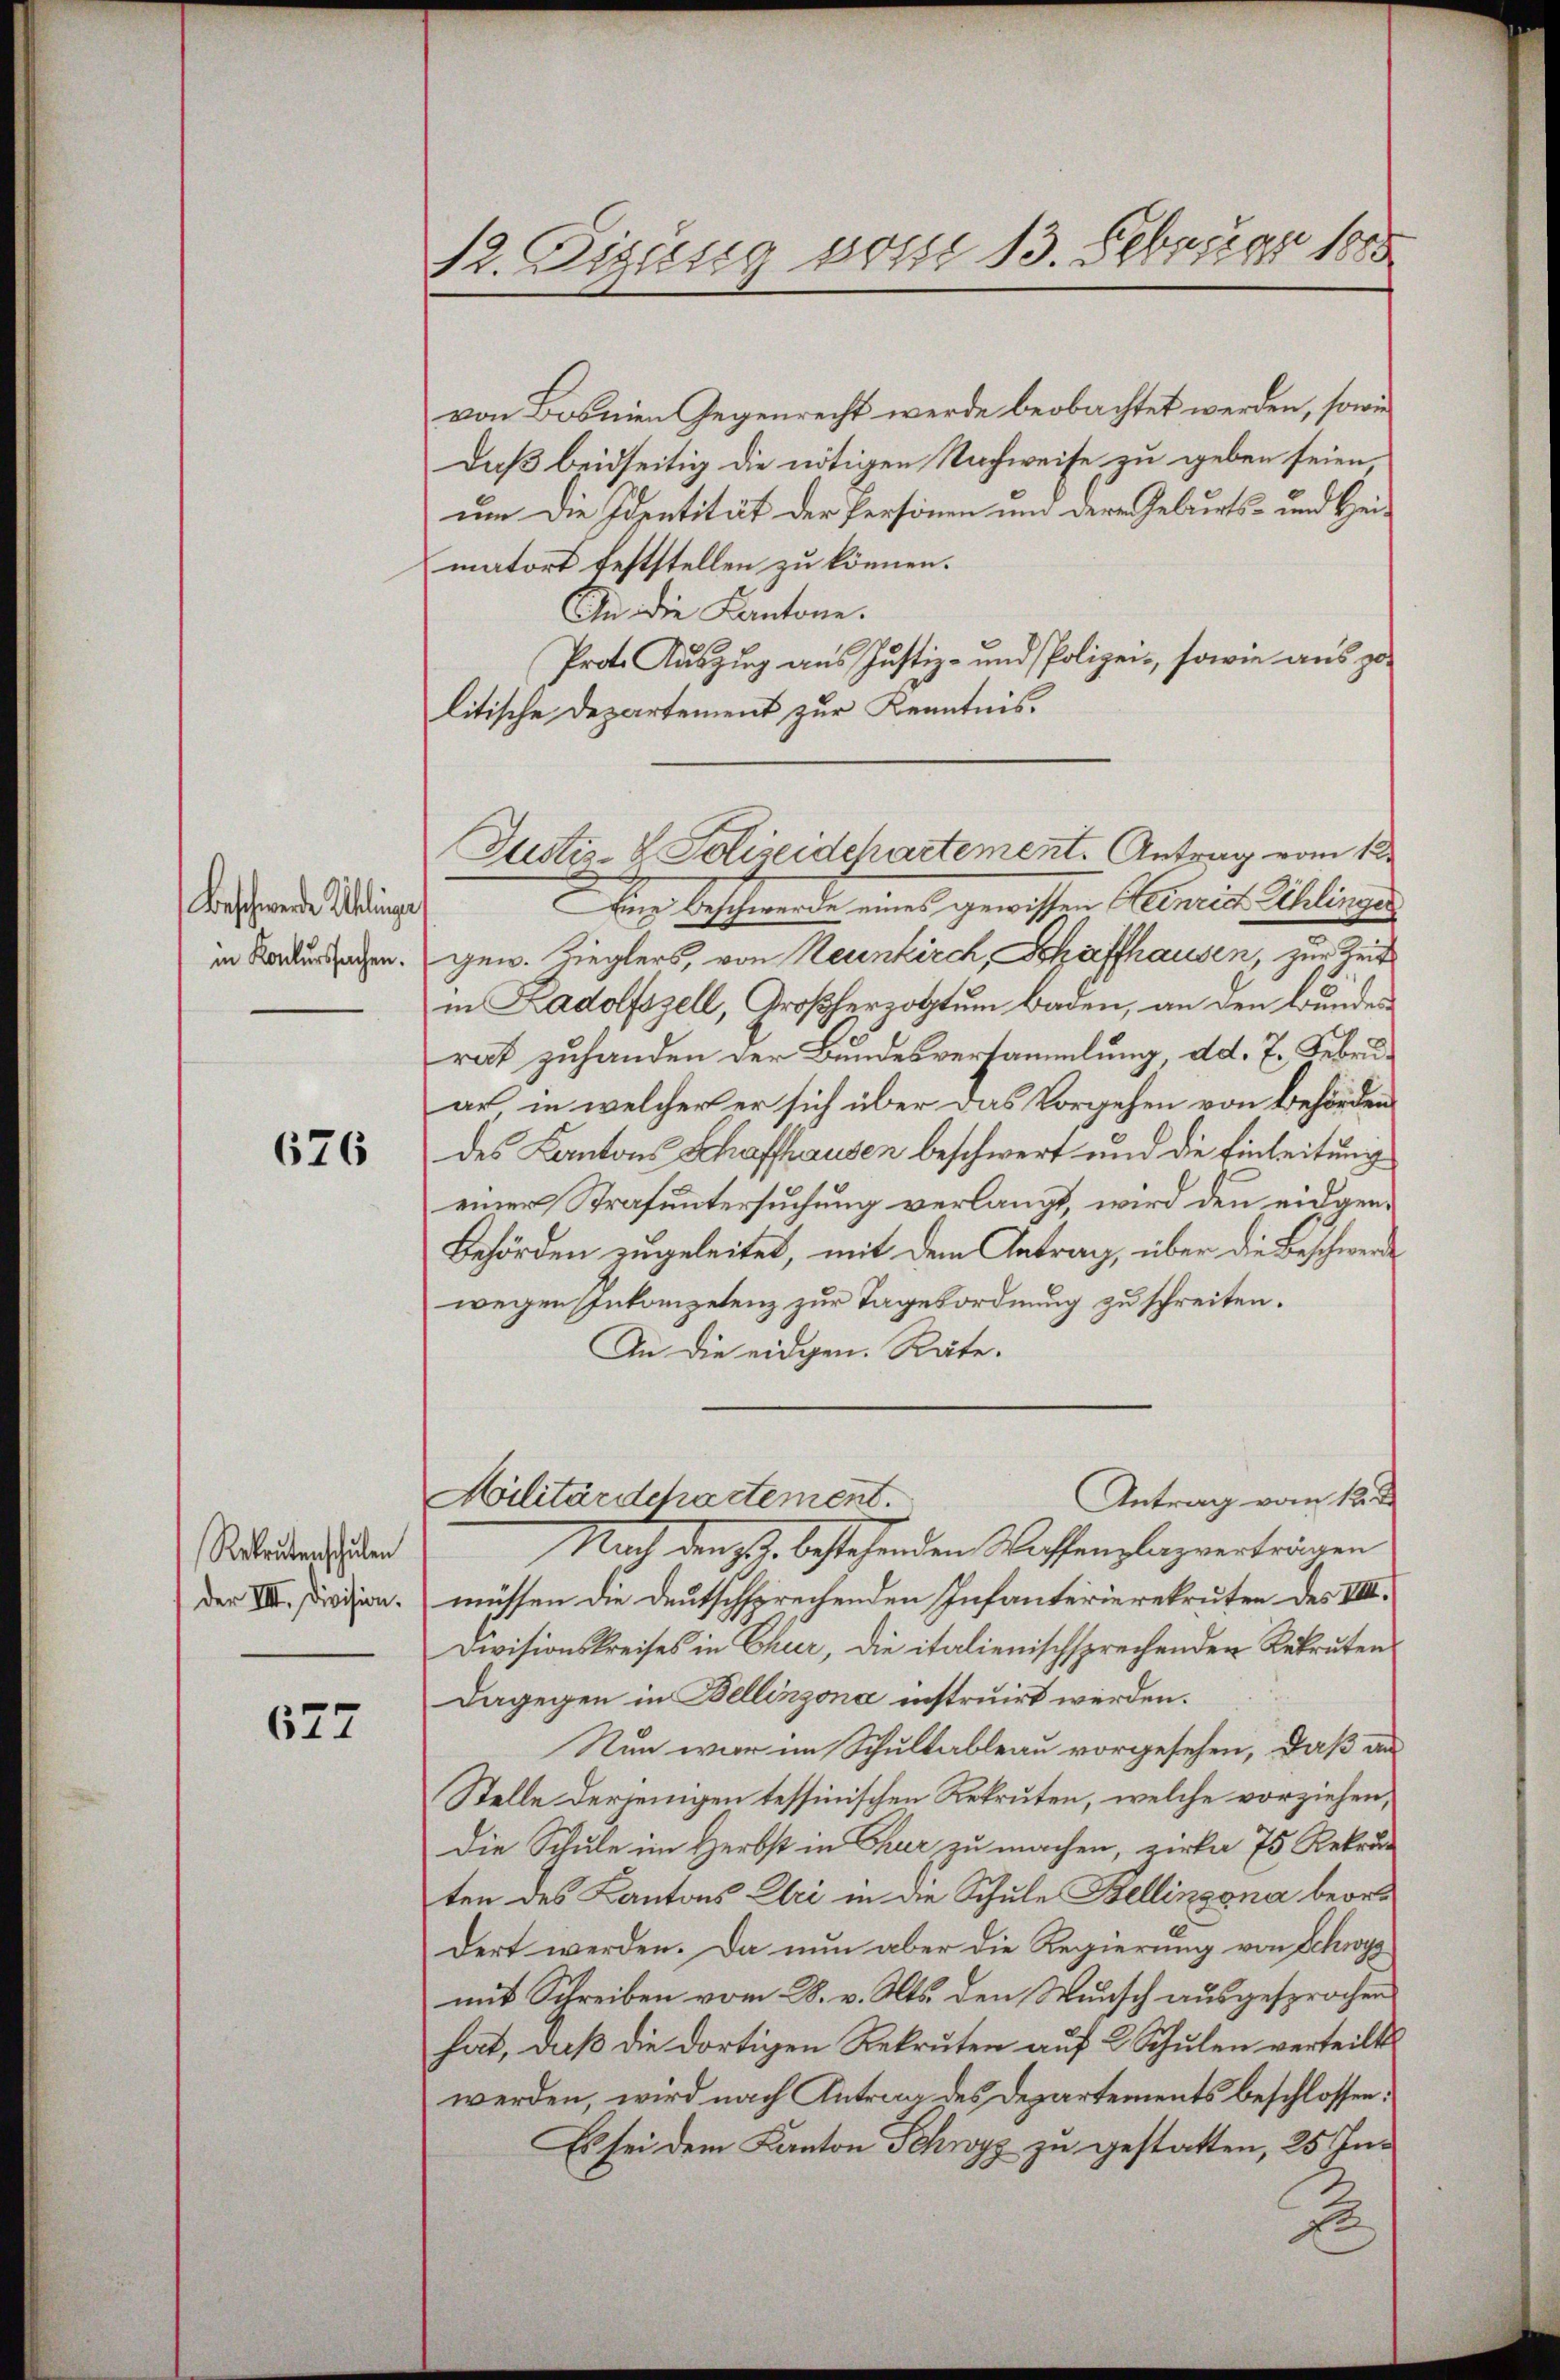
Beschwende Schlinger
in Konkurssachen.

676

Rekrutenschulen
der III. Division.

677

12. Fizung vom 13. Februar 1888

von Bosnien Gegenrecht werde beobachtet werden, sowie
Daß beidseitig die nötigen Nachweise zu geben seien,
um Die Identität der Personen um dere Geburts- und Hei-
matort feststellen zu können.
An die Kantone.
Prot. Auszug aus Justiz- und Polizei-, sowie aus zulitische Departement zur Kenntnis.
Ang beschwerde eines gewissen Heinrich Schlinges
gew. Zieglers, von Neunkirch, Schaffhausen, zur Zeit
in Radolfszell, Großherzogtum Baden, an den Bundes
rat zuhanden der Bundesversammlung, dd. 7. Febru
ar in welcher er sich über das Vorgehen von Behörden
des Kantons Schaffhausen beschwert und die Einleitung
einer Strafuntersuchung verlangt, wird den eidgen¬
Behörden zugeleitet, mit dem Antrag, über die Beschwerde
wegen Inkompetenz zur Tagesordnung zu schreiten.
An die eidgen. Räte.
Antrag vom 12. d
Militärdchartement.
Nach denst, bestehenden Waffenplagverträgen
müssen die deutschsprechenden Infanterierekruten des VIII.
Divisionskreises in Chur, die italienischsprechenden Rekruten
Dagegen in Bellinzona instruirt werden.
Nun war im Schultableau vorgesehen, daß an
Stelle derjenigen tessinischen Rekruten, welche vorziehen,
Die Schule im Herbst in Chur zu machen, zirke 75 Rekrut
ten des Kantons Uri in die Schule Bellinzona beord
dert werden. Da nun aber die Regierung von Schwyz
mit Schreiben vom 28. v. Mts. den Wunsch ausgesprochen
hat, daß die dortigen Rekruten auf 2 Schulen verteilt
werden, wird nach Antrag des Departements beschlossen:
Es sei dem Kanton Schwyz zu gestatten, 25 Inxx

Justiz- & Polizeidchartement. Antrag vom 12.